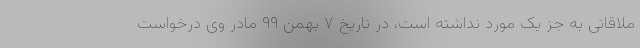
ملاقاتی به جز یک مورد نداشته است، در تاریخ ۷ بهمن ۹۹ مادر وی درخواست